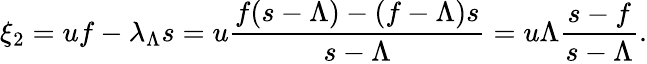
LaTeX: \xi_{2}=uf-\lambda_{\Lambda}s=u\frac{f(s-\Lambda)-(f-\Lambda)s}{s-\Lambda}=u\Lambda\frac{s-f}{s-\Lambda}.